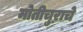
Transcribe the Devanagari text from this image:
मोतीचुराचे